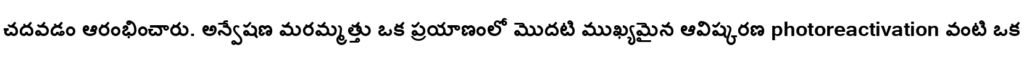
చదవడం ఆరంభించారు. అన్వేషణ మరమ్మత్తు ఒక ప్రయాణంలో మొదటి ముఖ్యమైన ఆవిష్కరణ photoreactivation వంటి ఒక